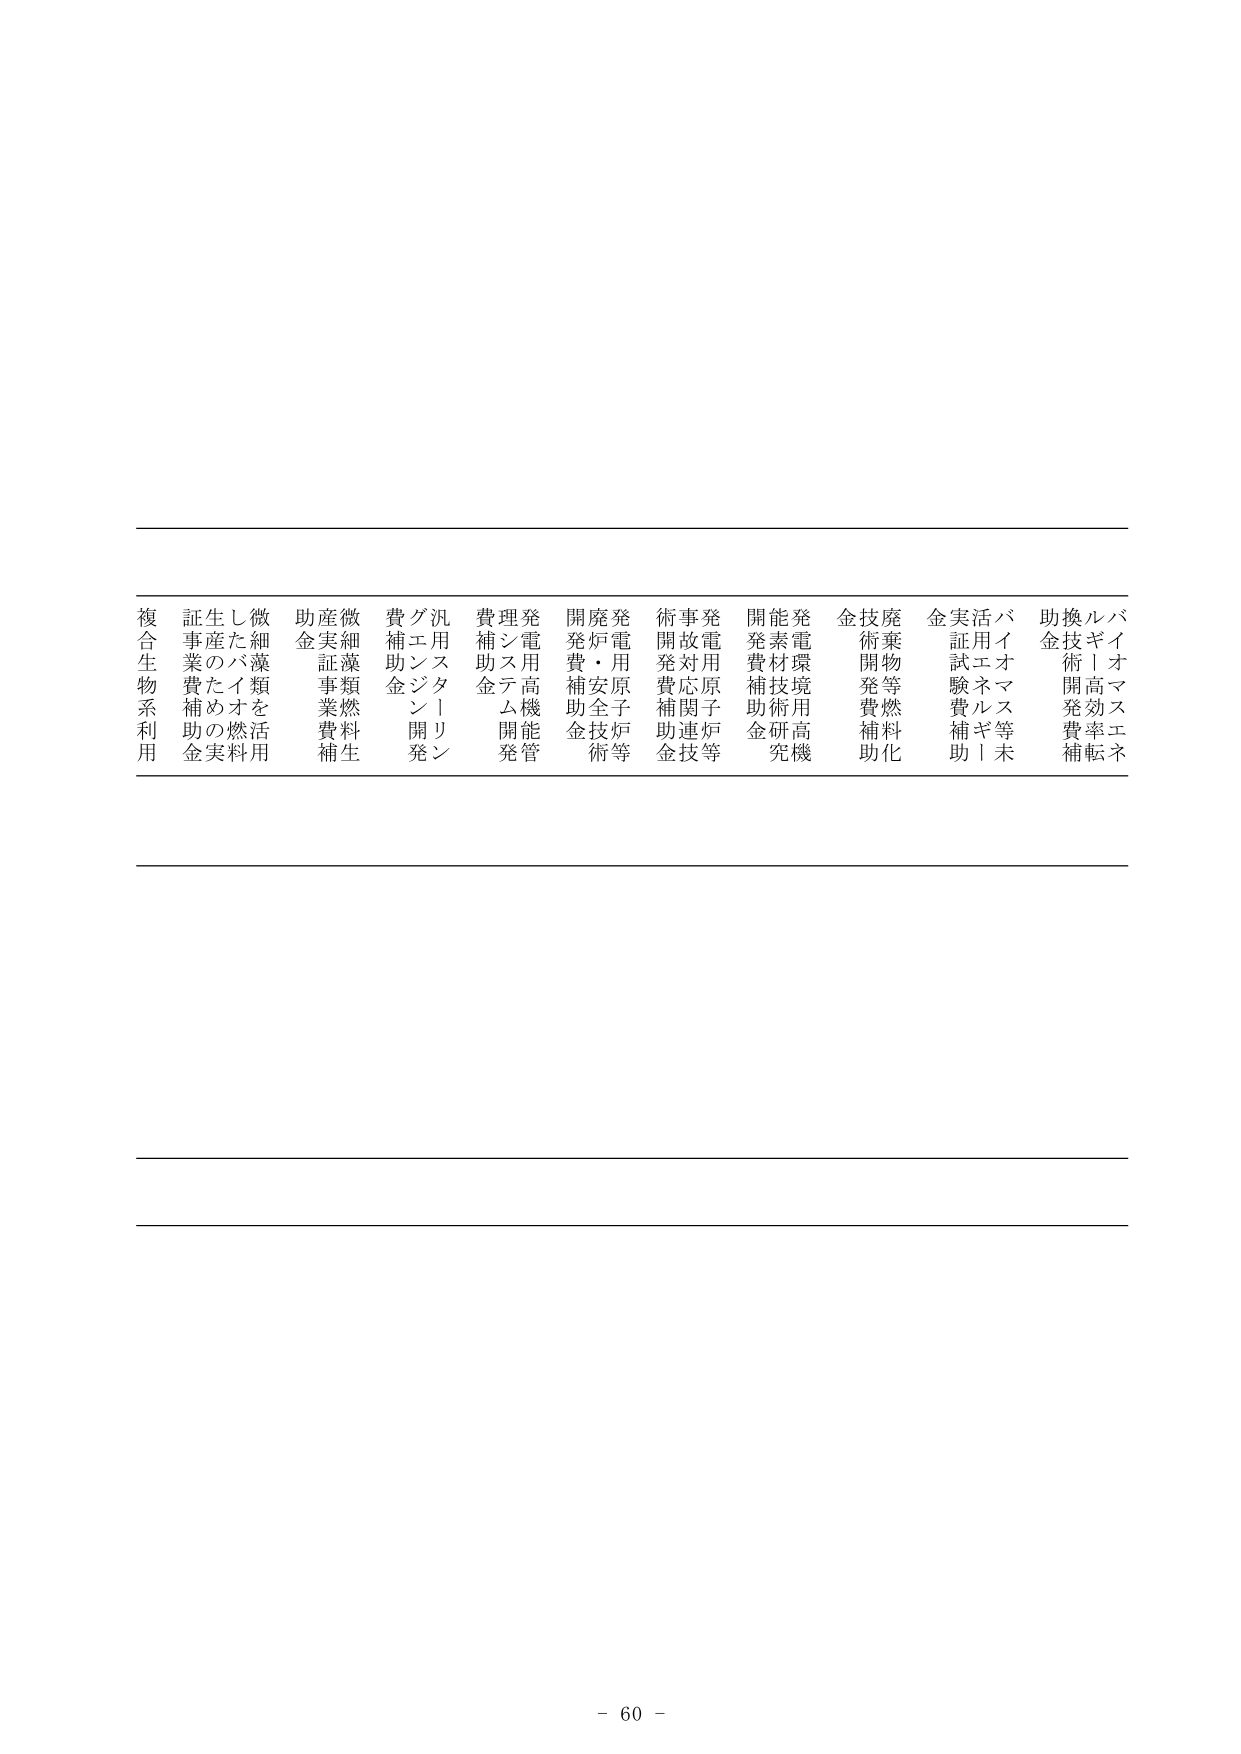
複合生物系利用
証事業費補助金
生産のための実
微細藻類を活用
助産実証事業費補
微細藻類燃料生
費補助金
グエンジン開発
汎用スターリン
費補助金
理発電用高機能管
開発費補助金
廃炉用原子炉等
発電技術等
術開発費補助金
事故対応関連技術
発電用原子炉等
開発費補助金
能素材技術研究
発電環境用高機
金技術開発補助
廃棄物等燃料化
金実証試験費補助
活用エネルギー等未
バイオマス等
助金技術開発費補
ルギー高効率転換
バイオマスエネ

- 60 -